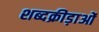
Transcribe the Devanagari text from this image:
शब्दक्रीड़ाओं